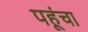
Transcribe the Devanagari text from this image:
पहूंचा